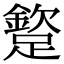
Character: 𨅠